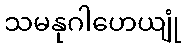
သမနုဂါဟေယျုံ